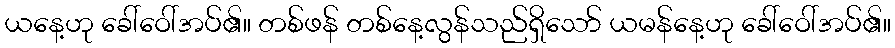
ယနေ့ဟု ခေါ်ဝေါ်အပ်၏။ တစ်ဖန် တစ်နေ့လွန်သည်ရှိသော် ယမန်နေ့ဟု ခေါ်ဝေါ်အပ်၏။